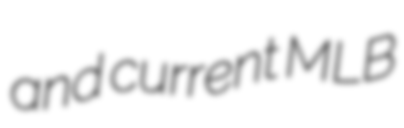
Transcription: and current MLB